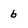
Character: 6